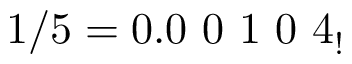
1 / 5 = 0 . 0 \ 0 \ 1 \ 0 \ 4 _ { ! }